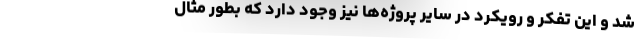
شد و این تفکر و رویکرد در سایر پروژه‌ها نیز وجود دارد که بطور مثال